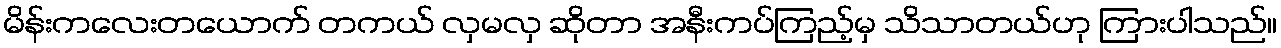
မိန်းကလေးတယောက် တကယ် လှမလှ ဆိုတာ အနီးကပ်ကြည့်မှ သိသာတယ်ဟု ကြားပါသည်။